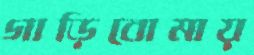
গাড়িবোমায়